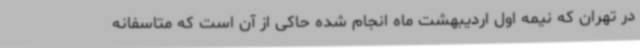
در تهران که نیمه اول اردیبهشت ماه انجام شده حاکی از آن است که متاسفانه